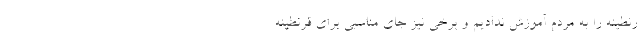
رنطینه را به مردم آموزش ندادیم و برخی نیز جای مناسبی برای قرنطینه